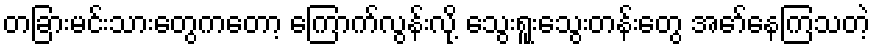
တခြားမင်းသားတွေကတော့ ကြောက်လွန်းလို့ သွေးရူးသွေးတန်းတွေ အော်နေကြသတဲ့